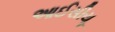
આઈસીયૂ